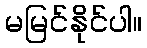
မမြင်နိုင်ပါ။